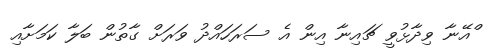
ްއޭނާ ވިދާޅުވީ ޗައިނާ އިން އެ ސަރަހައްދު ވަރަށް ގާތުން ބަލާ ކަމަށާއި